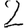
Digit: 2